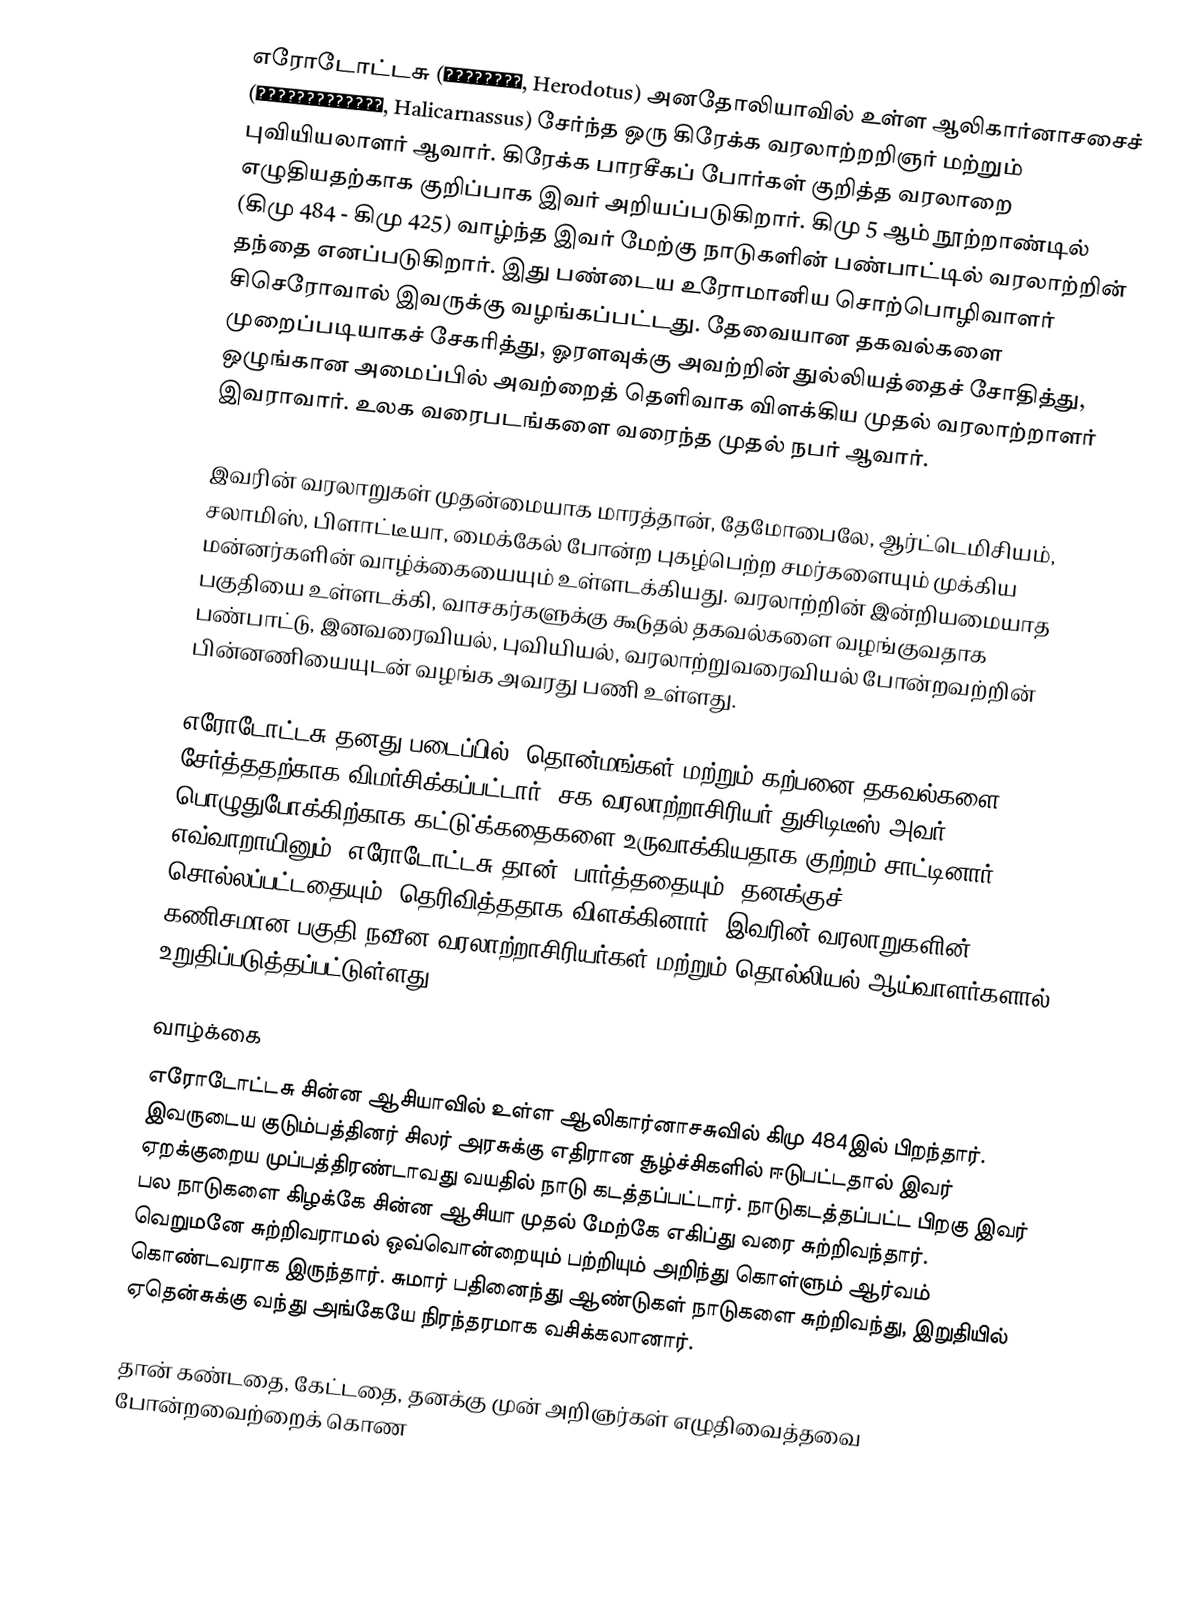
எரோடோட்டசு (Ἡρόδοτος, Herodotus) அனதோலியாவில் உள்ள ஆலிகார்னாசசைச் (Ἁλικαρνᾱσσεύς, Halicarnassus) சேர்ந்த ஒரு கிரேக்க வரலாற்றறிஞா் மற்றும் புவியியலாளர்  ஆவார். கிரேக்க பாரசீகப் போர்கள் குறித்த வரலாறை எழுதியதற்காக குறிப்பாக இவர் அறியப்படுகிறார். கிமு 5 ஆம் நூற்றாண்டில் (கிமு 484 - கிமு 425) வாழ்ந்த இவர் மேற்கு நாடுகளின் பண்பாட்டில் வரலாற்றின் தந்தை எனப்படுகிறார். இது பண்டைய உரோமானிய சொற்பொழிவாளர் சிசெரோவால் இவருக்கு வழங்கப்பட்டது. தேவையான தகவல்களை முறைப்படியாகச் சேகரித்து, ஓரளவுக்கு அவற்றின் துல்லியத்தைச் சோதித்து, ஒழுங்கான அமைப்பில் அவற்றைத் தெளிவாக விளக்கிய முதல் வரலாற்றாளர் இவராவார். உலக வரைபடங்களை வரைந்த முதல் நபர் ஆவார்.

இவரின் வரலாறுகள் முதன்மையாக மாரத்தான், தேமோபைலே, ஆர்ட்டெமிசியம், சலாமிஸ், பிளாட்டீயா, மைக்கேல் போன்ற புகழ்பெற்ற சமர்களையும் முக்கிய மன்னர்களின் வாழ்க்கையையும் உள்ளடக்கியது. வரலாற்றின் இன்றியமையாத பகுதியை உள்ளடக்கி, வாசகர்களுக்கு கூடுதல் தகவல்களை வழங்குவதாக பண்பாட்டு, இனவரைவியல், புவியியல், வரலாற்றுவரைவியல் போன்றவற்றின் பின்னணியையுடன் வழங்க அவரது பணி உள்ளது.

எரோடோட்டசு தனது படைப்பில் "தொன்மங்கள் மற்றும் கற்பனை தகவல்களை" சேர்த்ததற்காக விமர்சிக்கப்பட்டார். சக வரலாற்றாசிரியர் துசிடிடீஸ் அவர் பொழுதுபோக்கிற்காக கட்டு்க்கதைகளை உருவாக்கியதாக குற்றம் சாட்டினார். எவ்வாறாயினும், எரோடோட்டசு தான் "பார்த்ததையும், தனக்குச் சொல்லப்பட்டதையும்" தெரிவித்ததாக விளக்கினார். இவரின் வரலாறுகளின் கணிசமான பகுதி நவீன வரலாற்றாசிரியர்கள் மற்றும் தொல்லியல் ஆய்வாளர்களால் உறுதிப்படுத்தப்பட்டுள்ளது.

வாழ்க்கை
எரோடோட்டசு சின்ன ஆசியாவில் உள்ள ஆலிகார்னாசசுவில் கிமு 484இல் பிறந்தார். இவருடைய குடும்பத்தினர் சிலர் அரசுக்கு எதிரான சூழ்ச்சிகளில் ஈடுபட்டதால் இவர் ஏறக்குறைய முப்பத்திரண்டாவது வயதில் நாடு கடத்தப்பட்டார். நாடுகடத்தப்பட்ட பிறகு இவர் பல நாடுகளை கிழக்கே சின்ன ஆசியா முதல் மேற்கே எகிப்து வரை சுற்றிவந்தார். வெறுமனே சுற்றிவராமல் ஒவ்வொன்றையும் பற்றியும் அறிந்து கொள்ளும் ஆர்வம் கொண்டவராக இருந்தார். சுமார் பதினைந்து ஆண்டுகள் நாடுகளை சுற்றிவந்து, இறுதியில் ஏதென்சுக்கு வந்து அங்கேயே நிரந்தரமாக வசிக்கலானார்.

தான் கண்டதை, கேட்டதை, தனக்கு முன் அறிஞர்கள் எழுதிவைத்தவை போன்றவைற்றைக் கொண